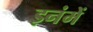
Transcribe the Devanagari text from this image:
इनंमें